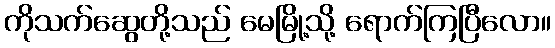
ကိုသက်ဆွေတို့သည် မေမြို့သို့ ရောက်ကြပြီလော။